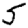
Digit: 5